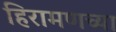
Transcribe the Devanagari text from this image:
हिरामणच्या